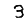
Digit: 3